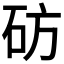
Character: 𬒂